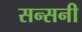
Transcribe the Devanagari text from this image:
सन्सनी